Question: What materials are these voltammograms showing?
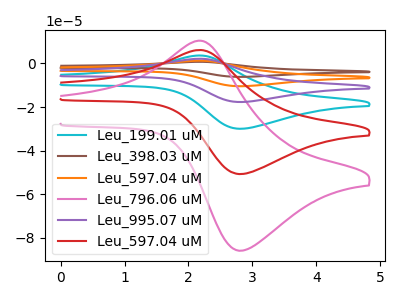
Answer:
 <answer>The cyan curve is labeled "Leu_199.01 uM". The brown curve is labeled "Leu_398.03 uM". The orange curve is labeled "Leu_597.04 uM". The pink curve is labeled "Leu_796.06 uM". The purple curve is labeled "Leu_995.07 uM". The red curve is labeled "Leu_597.04 uM".</answer>
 <eval></eval>